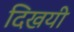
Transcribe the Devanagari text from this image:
दिखयी